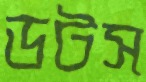
ডটস